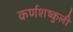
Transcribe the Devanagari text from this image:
कर्णशष्कुली